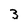
Character: 3